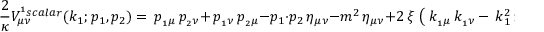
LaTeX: \displaystyle { \frac { 2 } { \kappa } } V _ { \mu \nu } ^ { ^ 1 { s c a l a r } } ( k _ { 1 } ; p _ { 1 } , p _ { 2 } ) = \, p _ { _ 1 \mu } \, p _ { _ 2 \nu } + \, p _ { _ 1 \nu } \, p _ { _ 2 \mu } - p _ { 1 } \cdot p _ { 2 } \, \eta _ { \mu \nu } - { m ^ { 2 } } \, \eta _ { \mu \nu } + 2 \, \xi \, \left( \, k _ { _ 1 \mu } \, k _ { _ 1 \nu } - \, k _ { 1 } ^ { 2 } \, \eta _ { \mu \nu } \right)